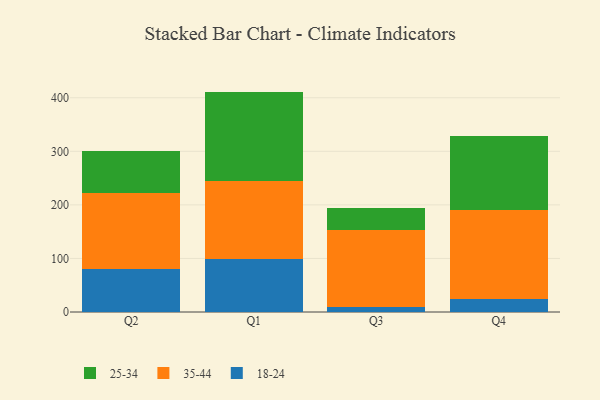
{"axis": {"x": "Quarter", "y": "Waste Production (Tons)"}, "legend": ["18-24", "25-34", "35-44"], "data": [{"x": "Q2", "y": 80.9, "type": "18-24"}, {"x": "Q2", "y": 140.6, "type": "35-44"}, {"x": "Q2", "y": 79.5, "type": "25-34"}, {"x": "Q1", "y": 98.5, "type": "18-24"}, {"x": "Q1", "y": 145.5, "type": "35-44"}, {"x": "Q1", "y": 167.5, "type": "25-34"}, {"x": "Q3", "y": 9.3, "type": "18-24"}, {"x": "Q3", "y": 142.9, "type": "35-44"}, {"x": "Q3", "y": 41.5, "type": "25-34"}, {"x": "Q4", "y": 24.8, "type": "18-24"}, {"x": "Q4", "y": 165.1, "type": "35-44"}, {"x": "Q4", "y": 139.5, "type": "25-34"}]}